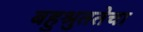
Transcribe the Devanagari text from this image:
बहुश्रुततेचा